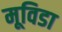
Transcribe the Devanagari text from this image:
मूविडा